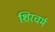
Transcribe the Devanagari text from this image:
शिरचर्म